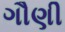
ગૌણી